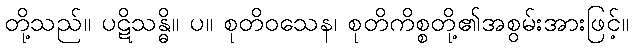
တို့သည်။ ပဋိသန္ဓိ။ ပ။ စုတိဝသေန၊ စုတိကိစ္စတို့၏အစွမ်းအားဖြင့်။